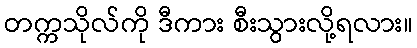
တက္ကသိုလ်ကို ဒီကား စီးသွားလို့ရလား။